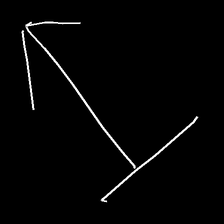
Glyph: levitation